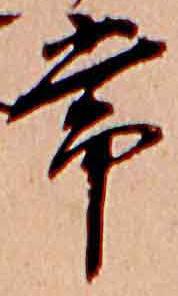
常